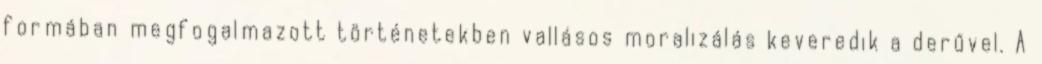
formában megfogalmazott történetekben vallásos moralizálás keveredik a derűvel. A